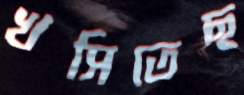
খসিতেছ